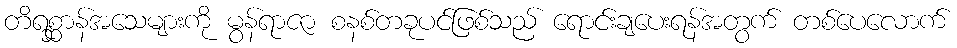
တိရစ္ဆာန်အသေများကို မွန်ရာဇာ စနစ်တခုပင်ဖြစ်သည် ရောင်းချပေးရန်အတွက် တစ်ပေလောက်